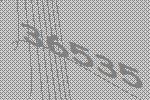
36535